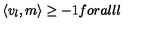
\langle { v } _ { l } , { m } \rangle \geq - 1 f o r a l l l